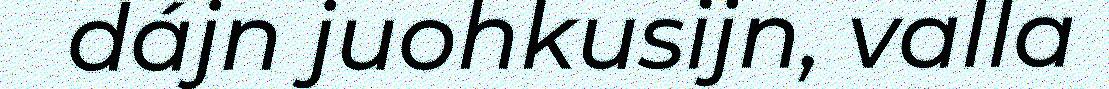
dájn juohkusijn, valla